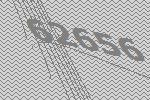
62656